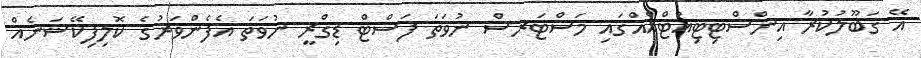
އޭ ގަބޫލުކުރާ އިންސްޓިޓިއުޓްއެއްގައި މަސްޓަރސް ނުވަތަ ފަސްޓް ޑިގްރީ ނުވަތަ އެފެންވަރުގެ ކޮލިފިކޭޝަނެއް